Investigations into the jail dietaries of the United Provinces with some observations on the influence of dietary on the physical development and well-being of the people of the United Provinces - Number 48
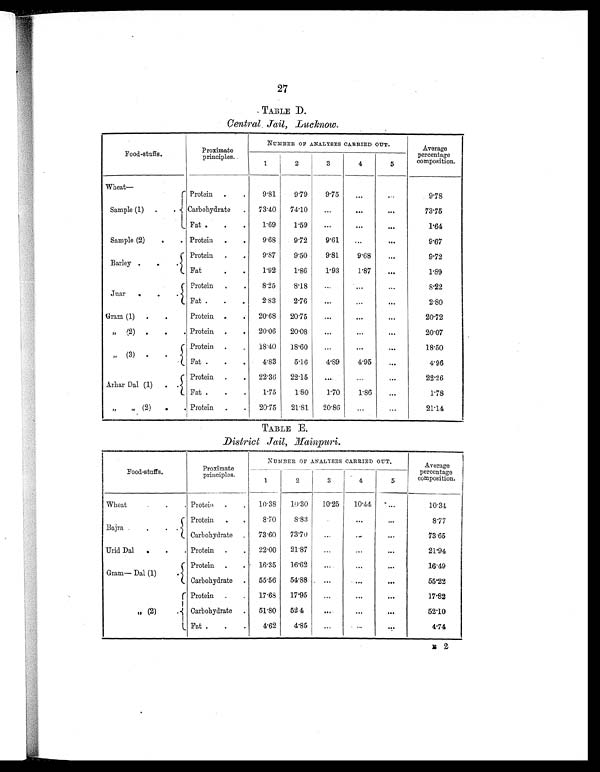
27
TABLE D.
Central Jail, Lucknow.
Food-stuffs.
Proximate
principles.
NUMBER OF ANALYSES CARRIED OUT.
Average
percentage
composition.
1
2
3
4
5
W h e a t —
Sample (1) .
.
Protein .
.
9.81
9.79
9.75
...
. . .
9 . 7 8
Carbohydrate . 73.40 74.10
...
. . .
. . .
73.75
Fat .
.
.
1.69
1.59
...
. . .
. . .
1.64
Sample (2)
.
. Protein .
.
9.68
9.72
9.61
. . .
. . .
9.67
Barley
. .
.
Protein .
.
9.87
9.50
9.81
9.68
...
9.72
Fat
. .
1.92
1.86
1.93
1.87
...
1.89
Juar
. .
.
Protein .
.
8.25
8.18
...
...
...
8.22
Fat .
.
.
2.83
2.76
...
...
. . .
2.80
Gram (1) .
.
Protein .
. 20.68 20.75
. . .
. . .
. . .
20.72
„ (2) . .
. Protein .
. 20.06 20.08
...
...
. . .
20.07
,, (3) .
.
Protein .
. 18.40 18.60
...
. . .
. . .
18.50
Fat .
.
.
4.83
5.16
4.89
4.95
. . .
4.96
Arhar Dal (1) . .
Protein .
. 22.36 22.15
...
...
...
22.26
Fat .
.
.
1.75
1.80
1.70
1.86
...
1.78
„ „ (2) .
. Protein .
. 20.75 21.81 20.86
...
...
21.14
TABLE E.
District Jail, Mainpuri.
Food-stuffs.
Proximate
principles.
NUMBER OF ANALYSES CARRIED OUT.
Average
percentage
composition.
1
2
3
4
5
Wheat
.
.
. Protein
. . 10.38 10.30 10.25 10.44 ...
10.34
Bajra .
.
.
. Protein .
.
8.70
8.83
. . .
. . .
...
8.77
Carbohydrate . 73.60 73.70
...
. . .
. . .
73.65
Urid Dal .
.
. Protein .
. 22.00 21.87
...
. . .
. . .
21.94
Gram— Dal (1)
.
Protein .
. 16.35 16.62
. . .
. . .
...
16.49
Carbohydrate . 55.56 54.88
...
. . .
. . .
55.22
„ ( 2 )
.
Protein .
. 17.68 17.95
...
...
...
17.82
Carbohydrate . 51.80 52.4
. . .
. . .
. . .
52.10
Fat .
.
.
4.62
4.85 ...
. . .
. . .
4.74
E 2